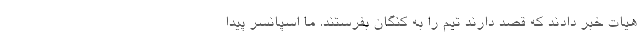
هیات خبر دادند که قصد دارند تیم را به کنگان بفرستند. ما اسپانسر پیدا